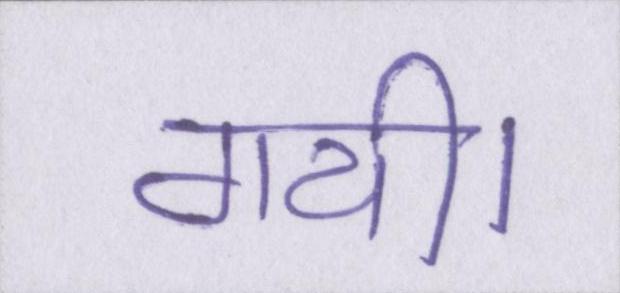
गयी।